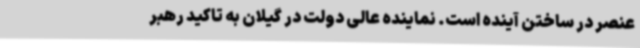
عنصر در ساختن آینده است. نماینده عالی دولت در گیلان به تاکید رهبر